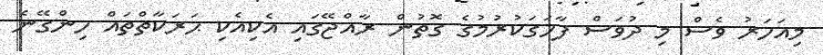
މިއަހަރު ވެސް މި ދުވަސް ފާހަގަކުރުމުގެ ގޮތުން ރާއްޖޭގައި އެކިއެކި ޙަރަކާތްތައް ހިންގޭނެ